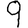
Digit: 9